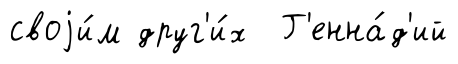
своjи́м друг'и́х Г'енна́д'ий